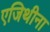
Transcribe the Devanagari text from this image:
एजिथीना